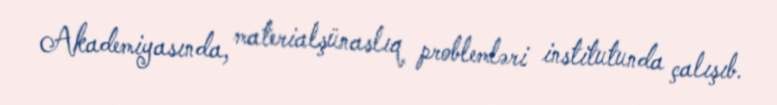
Akademiyasında, materialşünaslıq problemləri institutunda çalışıb.